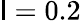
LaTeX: \mathsf{l}=0.2